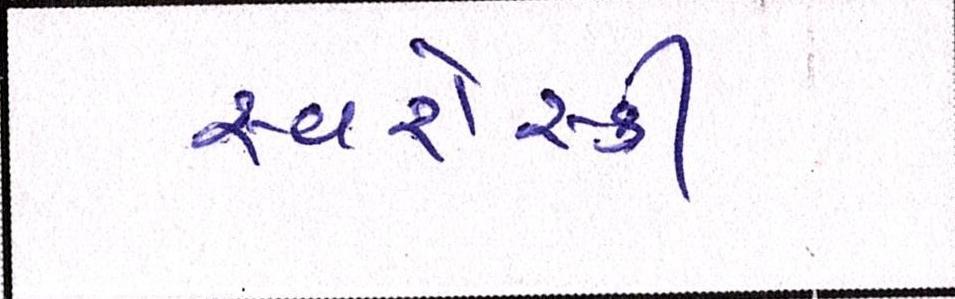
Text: સ્વરોસ્કી